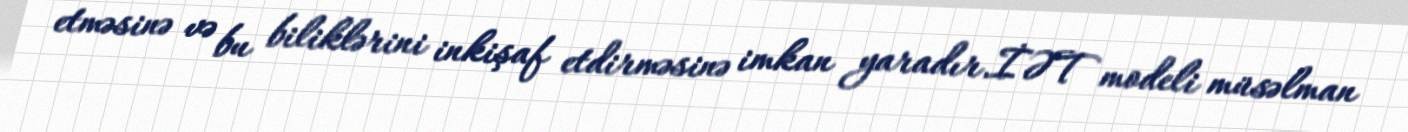
etməsinə və bu biliklərini inkişaf etdirməsinə imkan yaradır.İƏT modeli müsəlman